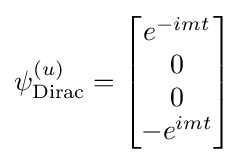
\psi _{\text{Dirac}}^{(u)}={\begin{bmatrix}e^{-imt}\\0\\0\\-e^{imt}\end{bmatrix}}